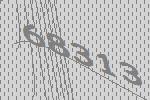
68313